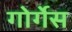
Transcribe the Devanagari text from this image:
गोर्गेस